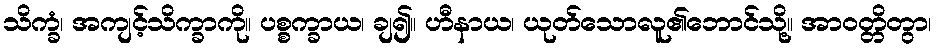
သိက္ခံ၊ အကျင့်သိက္ခာကို။ ပစ္စက္ခာယ၊ ချ၍။ ဟီနာယ၊ ယုတ်သောလူ၏ဘောင်သို့။ အာဝတ္တိတွာ၊